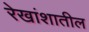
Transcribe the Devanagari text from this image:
रेखांशातील